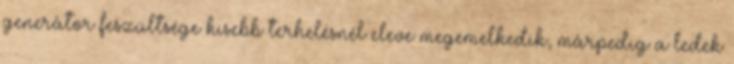
generátor feszültsége kisebb terhelésnél eleve megemelkedik, márpedig a ledek